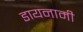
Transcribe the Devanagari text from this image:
डायनामी